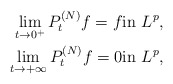
\begin{align*} \lim_{t\to {0^+}} P_t^{(N)}f = f & \textrm{in $L^p$},\\ \lim_{t\to {+\infty}} P_t^{(N)}f = 0 & \textrm{in $L^p$},\end{align*}